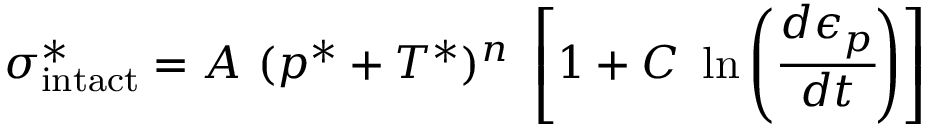
\sigma _ { \mathrm { { i n t a c t } } } ^ { * } = A ~ ( p ^ { * } + T ^ { * } ) ^ { n } ~ \left[ 1 + C ~ \ln \left( { \cfrac { d \epsilon _ { p } } { d t } } \right) \right]